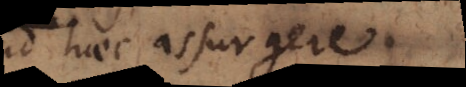
ad haec assurgere